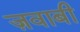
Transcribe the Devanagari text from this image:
ज़वाबी